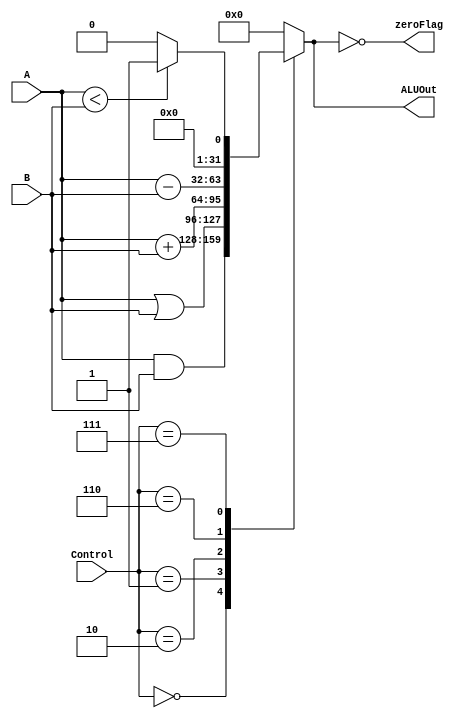
module ALU(
	input [31:0] A,
	input [31:0] B,
	input [2:0] Control,
	output zeroFlag,
	output [31:0] ALUOut
	);
    
	wire [31:0] A, B;
	wire [2:0] Control;
    
	reg [31:0] ALUOut;
    
	always @(A, B, Control)
	begin
    	case(Control)
    	0://AND op
        	ALUOut <= A & B;
    	1://OR op
        	ALUOut <= A | B;
    	2://ADD op
        	ALUOut <= A + B;
    	6://SUB op
        	ALUOut <= A - B;
    	7://SLT op
        	ALUOut <= (A < B) ? 1 : 0;

     	default:
        	ALUOut <= 32'h00000000;

    	endcase
   	 
	end
	assign zeroFlag = (ALUOut == 32'h0);
    
endmodule